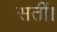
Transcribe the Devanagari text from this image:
सतीं।